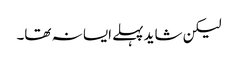
لیکن شاید پہلے ایسا نہ تھا۔